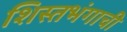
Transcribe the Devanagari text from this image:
शिस्तभंगाची